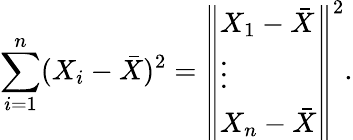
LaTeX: \sum_{i=1}^{n}(X_{i}-{\bar{X}})^{2}={\left\Vert\begin{array}{l}{X_{1}-{\bar{X}}}\\ {\vdots}\\ {X_{n}-{\bar{X}}}\end{array}\right\Vert}^{2}.